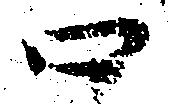
口